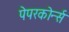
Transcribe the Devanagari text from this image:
पेपरकोर्न्स